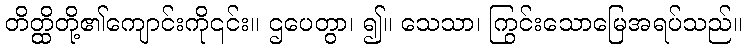
တိတ္ထိတို့၏ကျောင်းကို၎င်း။ ဌပေတွာ၊ ၍။ သေသာ၊ ကြွင်းသောမြေအရပ်သည်။